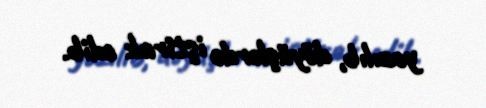
yazılıb, döyüşlərdə iştirak edib.